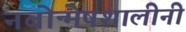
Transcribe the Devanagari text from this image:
नवोन्मेषशालीनी